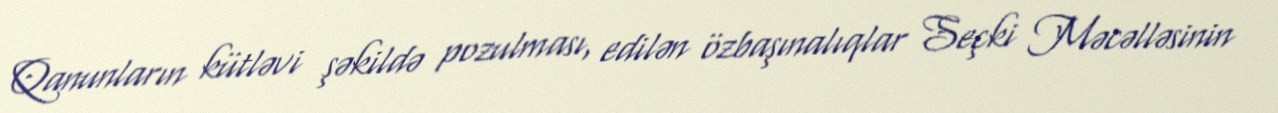
Qanunların kütləvi şəkildə pozulması, edilən özbaşınalıqlar Seçki Məcəlləsinin